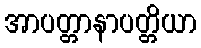
အာပတ္တာနာပတ္တိယာ